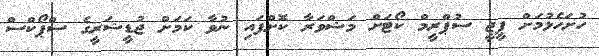
ހުށަހެޅުމަށް ޕީޖީ ސުޕްރީމް ކޯޓަށް މަޝްވަރާ ކޮށްފައި ނުވާ ކަމަށް ޖުޑީޝަރީގެ ސްޕޯކްސް